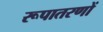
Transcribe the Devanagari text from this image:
रूपातरणों